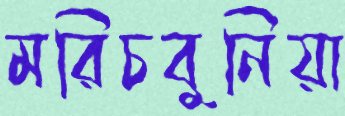
মরিচবুনিয়া